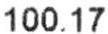
100.17